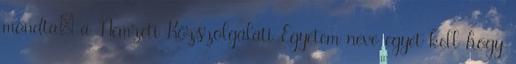
mondta: a Nemzeti Közszolgálati Egyetem neve egyet kell hogy